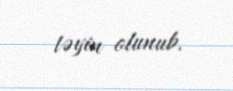
təyin olunub.